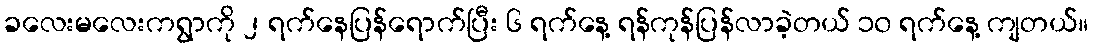
ခလေးမလေးကရွာကို ၂ ရက်နေပြန်ရောက်ပြီး ၆ ရက်နေ့ ရန်ကုန်ပြန်လာခဲ့တယ် ၁၀ ရက်နေ့ ကျတယ်။